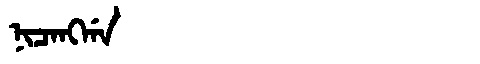
Manchu: ᠨᡳᠴᠠᠩᡤᠠ
Romanization: NICANGGA